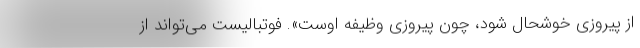
از پیروزی خوشحال شود، چون پیروزی وظیفه اوست». فوتبالیست می‌تواند از